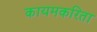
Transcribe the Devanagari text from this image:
कायमकरिता